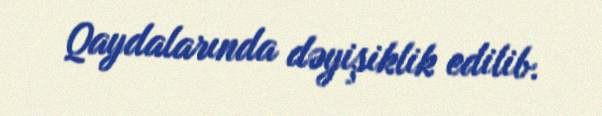
Qaydalarında dəyişiklik edilib.